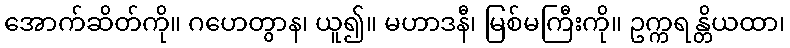
အောက်ဆိတ်ကို။ ဂဟေတွာန၊ ယူ၍။ မဟာဒနီ၊ မြစ်မကြီးကို။ ဥက္ကရန္တိယထာ၊